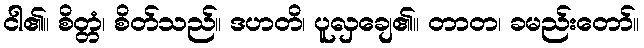
ငါ၏။ စိတ္တံ၊ စိတ်သည်။ ဒဟတိ၊ ပူလှချေ၏။ တာတ၊ ခမည်းတော်။